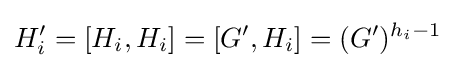
H_{i}'=[H_{i},H_{i}]=[G',H_{i}]=(G')^{h_{i}-1}